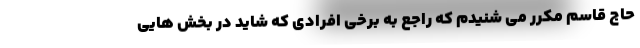
حاج قاسم مکرر می شنیدم که راجع به برخی افرادی که شاید در بخش هایی